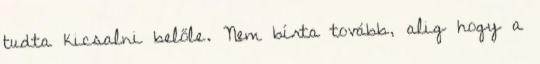
tudta kicsalni belőle. Nem bírta tovább, alig hogy a